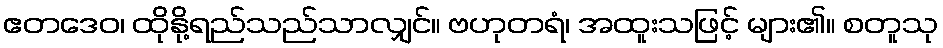
ဧတဒေဝ၊ ထိုနို့ရည်သည်သာလျှင်။ ဗဟုတရံ၊ အထူးသဖြင့် များ၏။ စတူသု